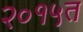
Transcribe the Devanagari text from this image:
२०१५त